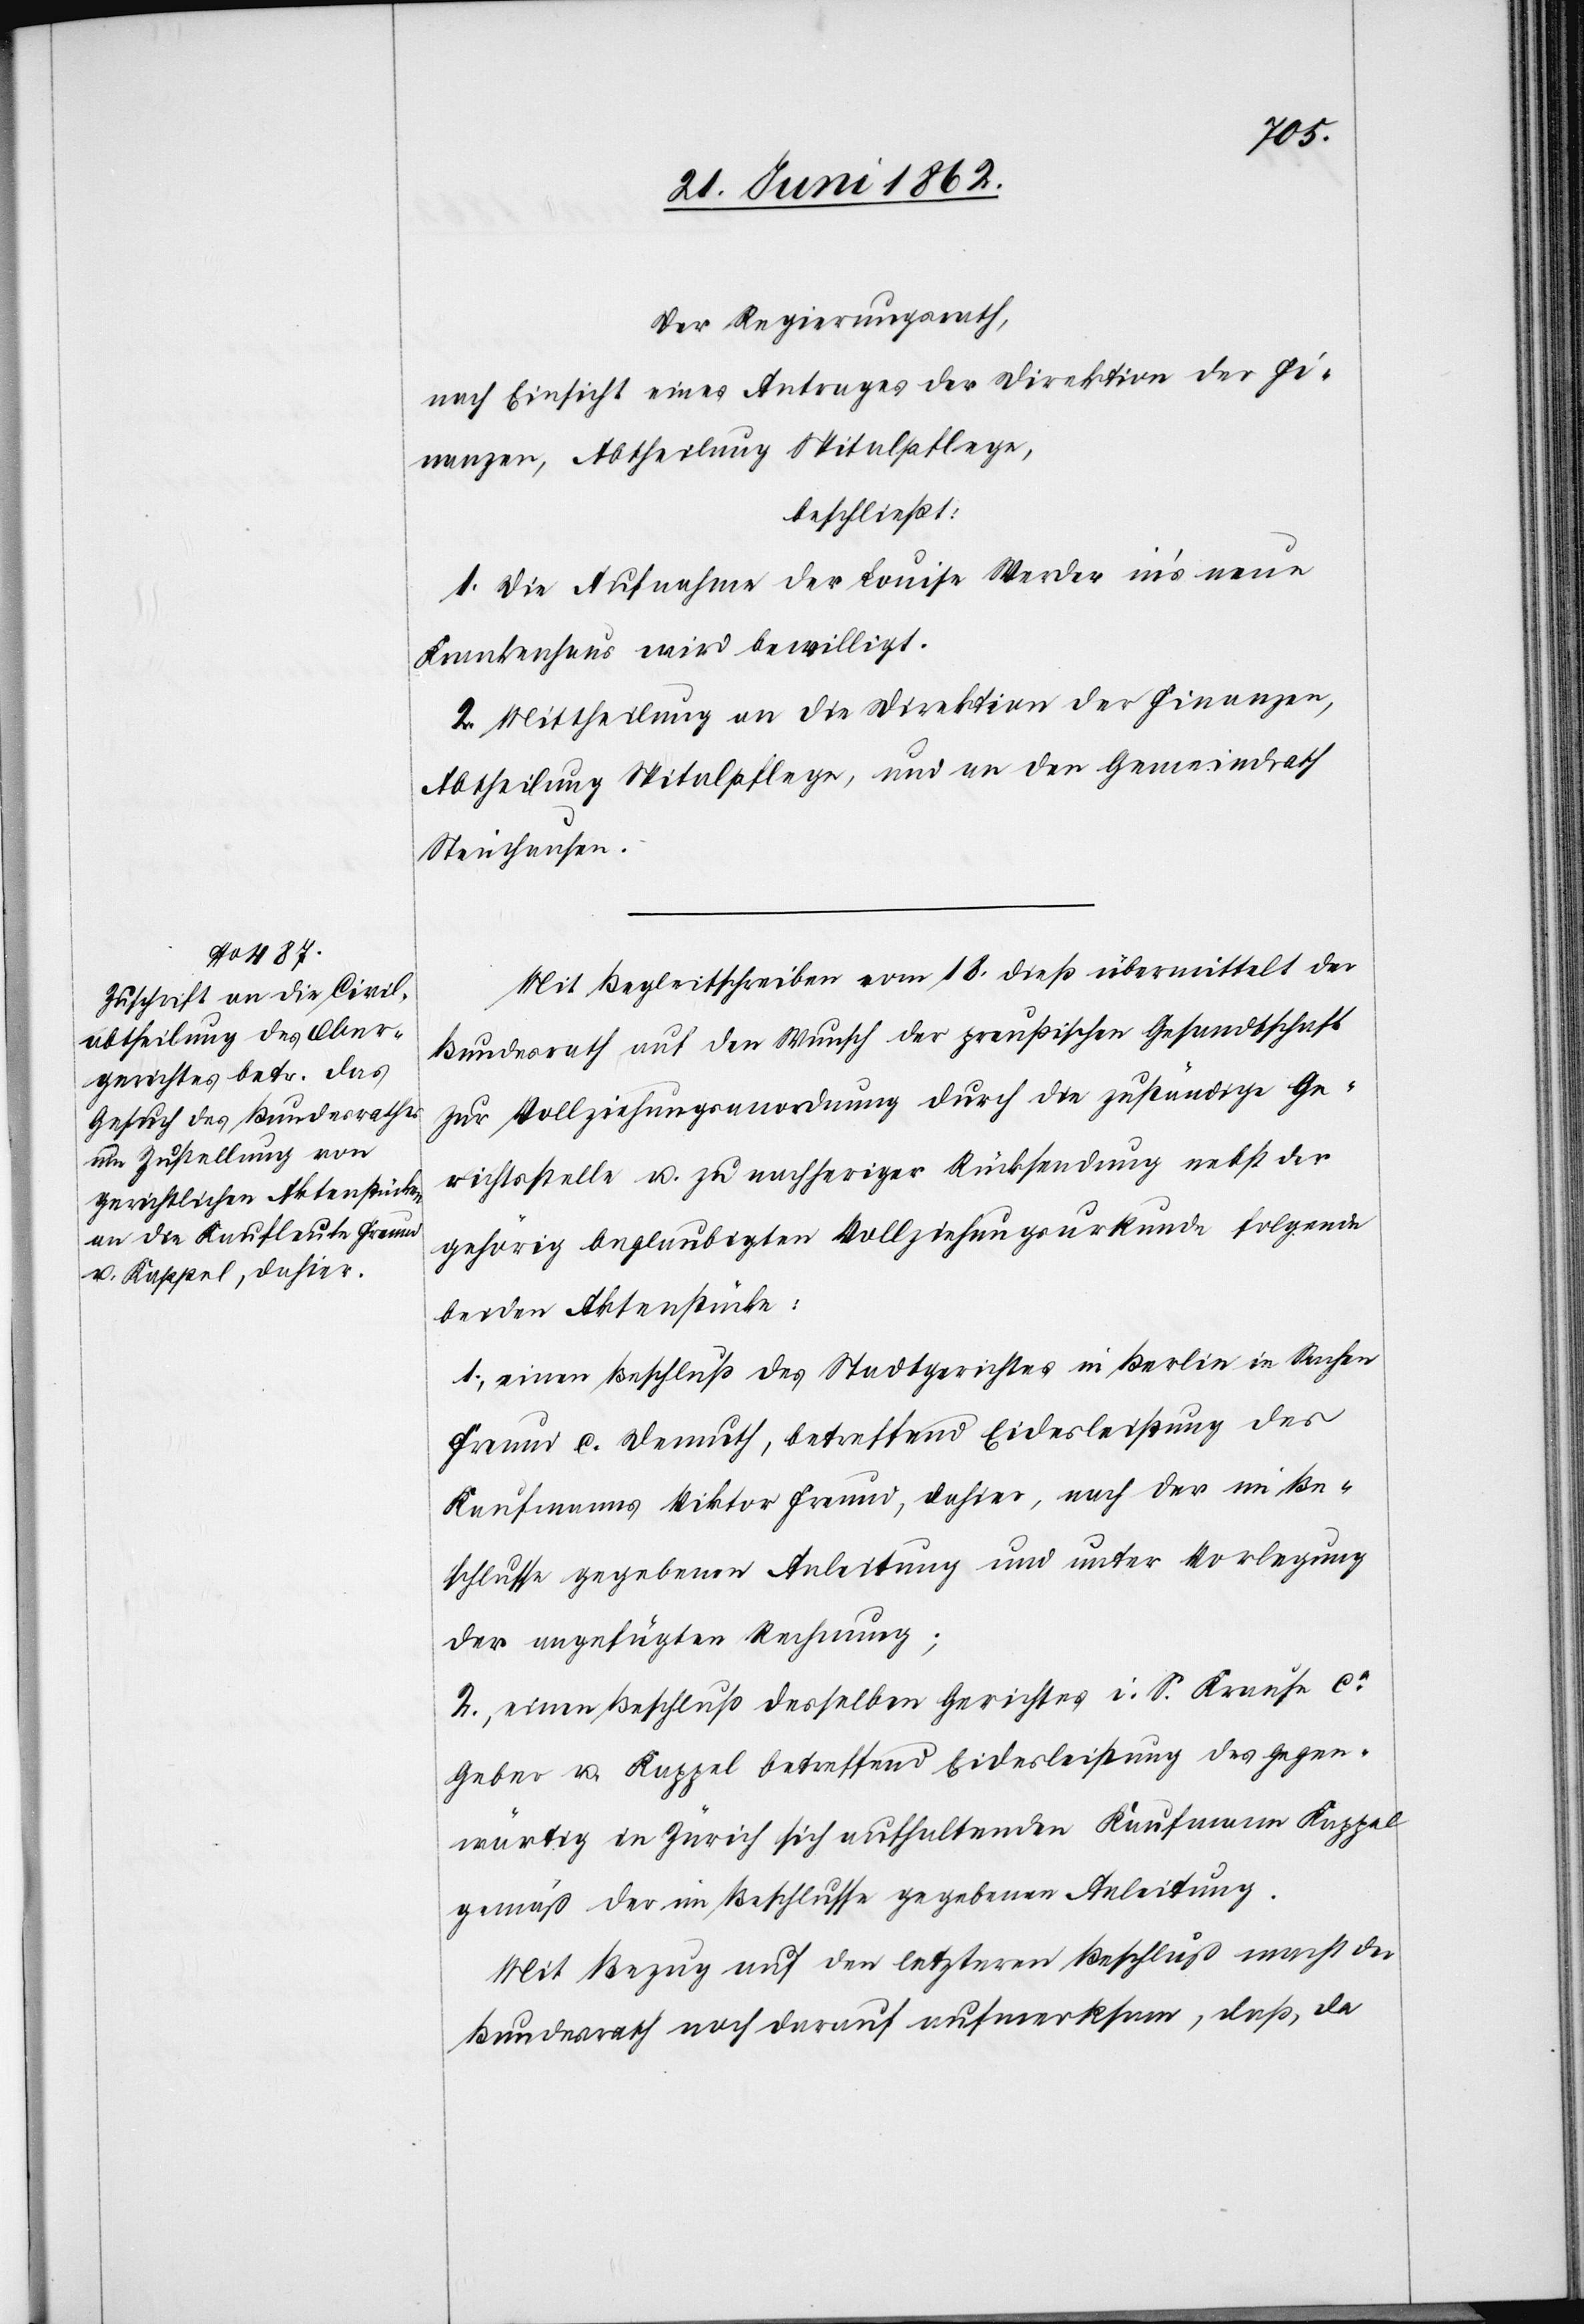
Der Regierungsrath,
nach Einsicht eines Antrages der Direktion der Fi¬
nanzen, Abtheilung Spitalpflege,
beschließt:
1. Die Aufnahme der Louise Werder in’s neue
Krankenhaus wird bewilligt.
2. Mittheilung an die Direktion der Finanzen,
Abtheilung Spitalpflege, und an den Gemeindrath
Steinhausen.
Mit Begleitschreiben vom 18. dieß übermittelt der
Bundesrath auf den Wunsch der preußischen Gesandtschaft
zur Vollziehungsanordnung durch die zuständige Ge¬
richtsstelle u. zu nachheriger Rücksendung nebst der
gehörig beglaubigten Vollziehungsurkunde folgende
beiden Aktenstücke:
1. einen Beschluß des Stadtgerichtes in Berlin in Sachen
Freund c. Demuth, betreffend Eidesleistung des
Kaufmanns Viktor Freund, dahier, nach der im Be¬
schlusse gegebenen Anleitung und unter Vorlegung
der angefügten Rechnung;
2. einen Beschluß desselben Gerichtes i. S. Krause co
Geber u. Kappel betreffend Eidesleistung des gegen¬
wärtig in Zürich sich aufhaltenden Kaufmann Kappel
gemäß der im Beschlusse gegebenen Anleitung.
Mit Bezug auf den letzteren Beschluß macht der
Bundesrath noch darauf aufmerksam, daß, da